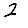
Digit: 2